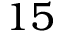
1 5